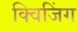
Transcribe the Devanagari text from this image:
क्विजिंग